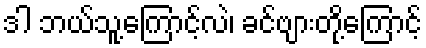
ဒါ ဘယ်သူ့ကြောင့်လဲ၊ ခင်ဗျားတို့ကြောင့်